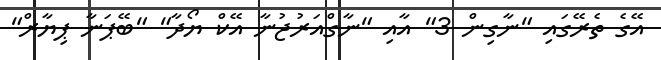
އޭގެ ތެރޭގައި "ނާގިން 3" އާއި "ނާގްއަރުޖުނާ އޭކް ޔޯދާ" "ބޭޕަނާ ޕިޔާރް"